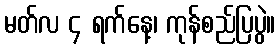
မတ်လ ၄ ရက်နေ့၊ ကုန်စည်ပြပွဲ။